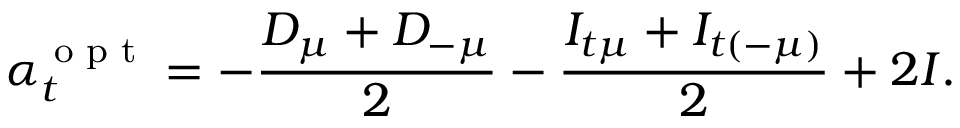
\alpha _ { t } ^ { \textrm { o p t } } = - \frac { D _ { \mu } + D _ { - \mu } } { 2 } - \frac { I _ { t \mu } + I _ { t ( - \mu ) } } { 2 } + 2 I .